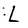
Character: L